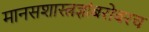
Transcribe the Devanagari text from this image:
मानसशास्त्रज्ञांबरोबरच